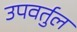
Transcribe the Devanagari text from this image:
उपवर्तुल